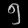
Digit: ၅